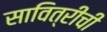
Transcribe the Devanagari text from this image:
सावित्रीची